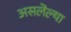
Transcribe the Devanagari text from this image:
असलॆल्या